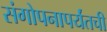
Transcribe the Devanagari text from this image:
संगोपनापर्यंतची